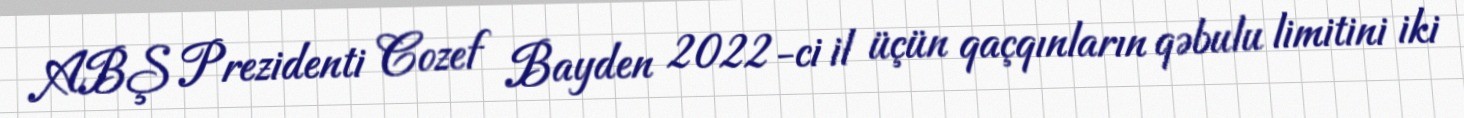
ABŞ Prezidenti Cozef Bayden 2022-ci il üçün qaçqınların qəbulu limitini iki